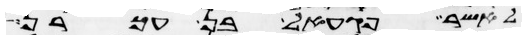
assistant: לאשר פגעאל בן עכרן